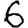
Digit: 6